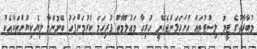
މުބާރާތުގެ ޓީމު ލިސްޓުތައް ހުށަހަޅަންޖެހޭނީ ހުރިހާ މަޢުލޫމާތު ފުރިހަމަ ކުރުމަށްފަހު ބޭނުންވާ ލިޔެކިޔުންތަކާއެކު